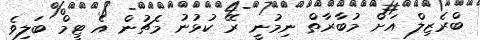
ބްރެޒިލް އަށް މުބާރާތް ނިމުނީ ރޭ ކުޅުނު މެޗުން އެ ޓީމް ބަލިވެ